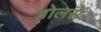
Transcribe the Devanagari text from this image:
बोलसें